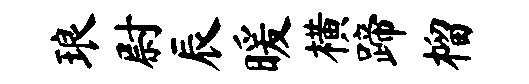
琅尉辰暖横蹄榴